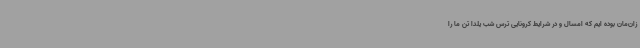
زان‌مان بوده ایم که امسال و در شرایط کرونایی ترس شب یلدا تن ما را